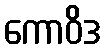
ကောဝိဒ